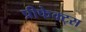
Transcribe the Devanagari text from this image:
प्रीफेक्ट्स